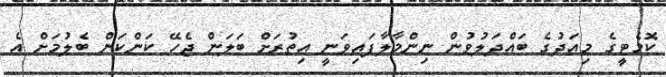
ކޮމެޓީގެ މިއަދުގެ ބައްދަލުވުން ނިންމާލާފައިވަނީ އިތުރަށް ބަލަން ޖެހޭ ކަންކަން ބެލުމަށް އެ